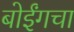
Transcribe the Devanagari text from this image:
बोईंगचा